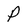
Character: P